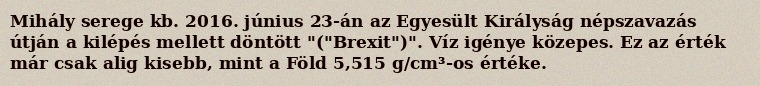
Mihály serege kb. 2016. június 23-án az Egyesült Királyság népszavazás útján a kilépés mellett döntött "("Brexit")". Víz igénye közepes. Ez az érték már csak alig kisebb, mint a Föld 5,515 g/cm³-os értéke.